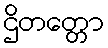
ဌိတတ္တော